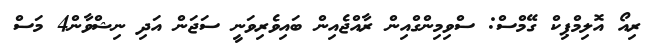
ރިއޯ އޮލިމްޕިކް ގޭމްސް: ސްވިމިންގްއިން ރާއްޖެއިން ބައިވެރިވަނީ ސަޖަން އަދި ނިޝްވާން4 މަސް